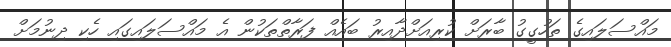
މައްސަލައިގެ ތަހުގީގު ބާރަށް ކުރިއަށްދާއިރު ބައެއް ފަރާތްތަކުން އެ މައްސަލައިގައި ހެކި ދިނުމަށް